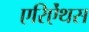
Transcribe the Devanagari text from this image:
एरिऐंथस